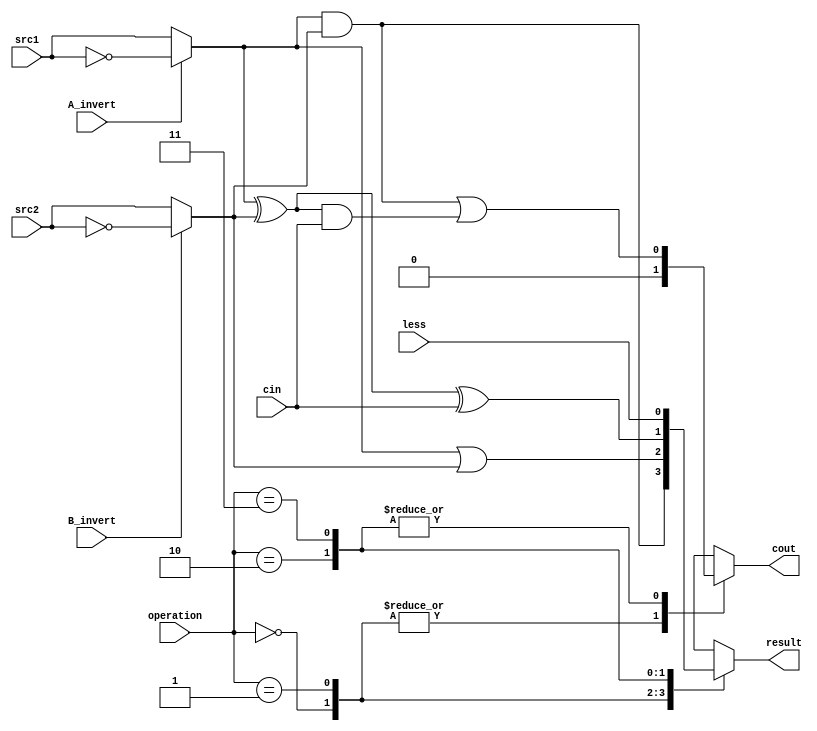
`timescale 1ns/1ps

//Student Name: Hu Dongyao
//Student Number: 0340191

//////////////////////////////////////////////////////////////////////////////////
// Company: 
// Engineer: 
// 
// Design Name: 
// Module Name:    alu_top 
// Project Name: 
// Target Devices: 
// Tool versions: 
// Description: 
//
// Dependencies: 
//
// Revision: 
// Revision 0.01 - File Created
// Additional Comments: 
//
//////////////////////////////////////////////////////////////////////////////////

module alu_top(
               src1,       //1 bit source 1 (input)
               src2,       //1 bit source 2 (input)
               less,       //1 bit less     (input)
               A_invert,   //1 bit A_invert (input)
               B_invert,   //1 bit B_invert (input)
               cin,        //1 bit carry in (input)
               operation,  //operation      (input)
               result,     //1 bit result   (output)
               cout,       //1 bit carry out(output)
               );

input         src1;
input         src2;
input         less;
input         A_invert;
input         B_invert;
input         cin;
input [2-1:0] operation;

output        result;
output        cout;

reg           result;
reg           cout;
reg           a,b;

always@( * )
begin

if (A_invert) a=~src1;
else a=src1;
if (B_invert) b=~src2;
else b=src2;

case (operation)
	2'b00:	begin
				result <= a & b; 
				cout   <= 1'b0;
				end
	2'b01:	begin
				result <= a | b; 
				cout   <= 1'b0;
				end
	2'b10:	begin
	         result <= a ^ b ^ cin;
				cout   <=(a&b)|((a^b)&cin);
				end
	2'b11:	begin
				result <= less;
				cout   <= (a&b)|((a^b)&cin);
				end
	default:	{cout,result} <= 2'b00;
endcase

end


endmodule